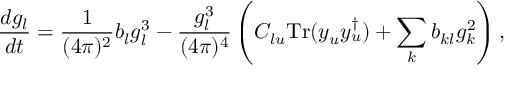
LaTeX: \frac { d g _ { l } } { d t } = \frac { 1 } { ( 4 \pi ) ^ { 2 } } b _ { l } g _ { l } ^ { 3 } - \frac { g _ { l } ^ { 3 } } { ( 4 \pi ) ^ { 4 } } \left( C _ { l u } \mathrm { T r } ( y _ { u } y _ { u } ^ { \dagger } ) + \sum _ { k } b _ { k l } g _ { k } ^ { 2 } \right) ,